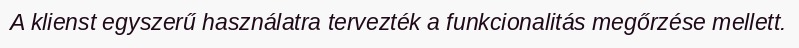
A klienst egyszerű használatra tervezték a funkcionalitás megőrzése mellett.